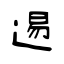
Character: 逷